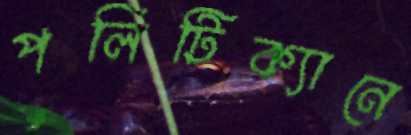
পলিটিক্যানে